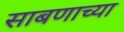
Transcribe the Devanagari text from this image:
साबणाच्या